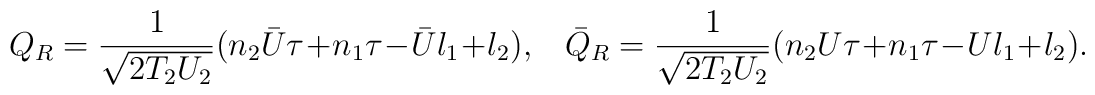
Q_R = \frac{1}{\sqrt{2 T_2 U_2}}(n_2 {\bar U}\tau+ n_1 \tau - {\bar U} l_1 + l_2),\;\;\;{\bar Q}_R = \frac{1}{\sqrt{2 T_2 U_2}}(n_2 U \tau + n_1 \tau - U  l_1 +l_2).